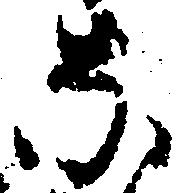
な